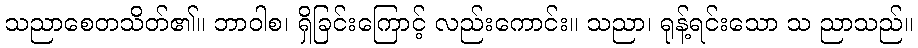
သညာစေတသိတ်၏။ ဘာဝါစ၊ ရှိခြင်းကြောင့် လည်းကောင်း။ သညာ၊ ရုန့်ရင်းသော သ ညာသည်။